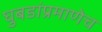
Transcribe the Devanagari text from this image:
घुबडांप्रमाणेच